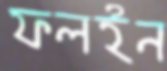
ফলইন